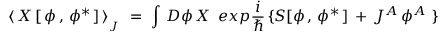
\langle \, X \, [ \, \phi \, , \, \phi ^ { \ast } \, ] \, \rangle _ { _ J } \, \, = \, \, \int \, { \cal D } \phi \, X \, \, \, e x p { \frac { i } { \hbar } } \, \{ S [ \phi \, , \, \phi ^ { \ast } \, ] \, + \, J ^ { A } \, \phi ^ { A } \, \, \}